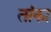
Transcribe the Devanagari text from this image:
तांका